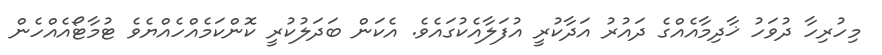
މިހުރިހާ ދުވަހު ޚާދިމާއެއްގެ ދައުރު އަދާކުރީ އުފަލާއެކުގައެވެ. އެކަން ބަދަލުކުރީ ކޮންކަމެއްހެއްޔެވެ ޓުމާޓޯއެއްހެން